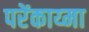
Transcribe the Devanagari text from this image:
परेंकाय्मा